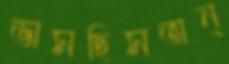
ভাসছিসঅন্